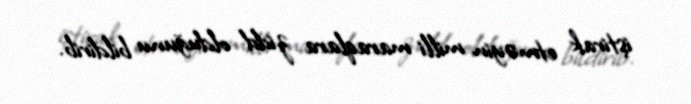
iştirak etməyin milli maraqlara zidd olduğunu bildirib.